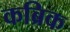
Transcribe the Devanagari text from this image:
कब्रिक